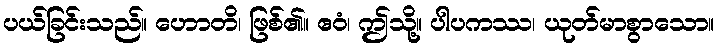
ပယ်ခြင်းသည်။ ဟောတိ၊ ဖြစ်၏။ ဧဝံ၊ ဤသို့။ ပါပကဿ၊ ယုတ်မာစွာသော။